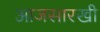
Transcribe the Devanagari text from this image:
आजसारखी